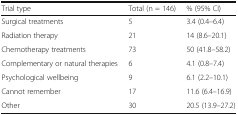
| Trial type | Total (n = 146) | % (95% CI) |
 | --- | --- | --- |
 | Surgical treatments | 5 | 3.4 (0.4–6.4) |
 | Radiation therapy | 21 | 14 (8.6–20.1) |
 | Chemotherapy treatments | 73 | 50 (41.8–58.2) |
 | Complementary or natural therapies | 6 | 4.1 (0.8–7.4) |
 | Psychological wellbeing | 9 | 6.1 (2.2–10.1) |
 | Cannot remember | 17 | 11.6 (6.4–16.9) |
 | Other | 30 | 20.5 (13.9–27.2) |